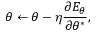
\theta \gets \theta - \eta \frac { \partial E _ { \theta } } { \partial \theta ^ { * } } ,